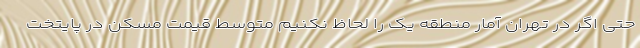
حتی اگر در تهران آمار منطقه یک را لحاظ نکنیم متوسط قیمت مسکن در پایتخت